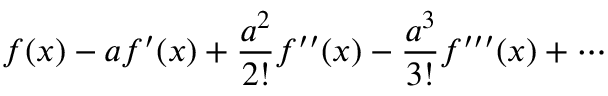
f ( x ) - a f ^ { \prime } ( x ) + { \frac { a ^ { 2 } } { 2 ! } } f ^ { \prime \prime } ( x ) - { \frac { a ^ { 3 } } { 3 ! } } f ^ { \prime \prime \prime } ( x ) + \cdots